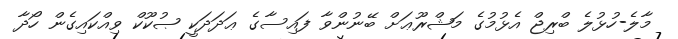
މާލެ-ހުޅުލެ ބްރިޖް އެޅުމުގެ މަޝްރޫޢަށް ބޭނުންވާ ފައިސާގެ ޢަދަދަކީ ޞުކޫކް ވިއްކައިގެން ހޯދާ